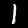
Digit: 1